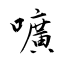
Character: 嚝